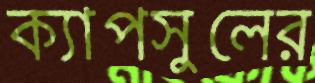
ক্যাপসুলের